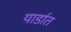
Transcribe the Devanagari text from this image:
यार्डात